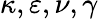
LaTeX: \kappa,\varepsilon,\nu,\gamma